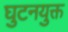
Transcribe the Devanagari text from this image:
घुटनयुक्त